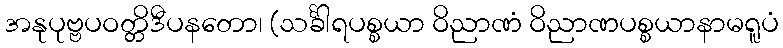
အနုပုဗ္ဗပဝတ္တိဒီပနတော၊ (သင်္ခါရပစ္စယာ ဝိညာဏံ ဝိညာဏပစ္စယာနာမရူပံ